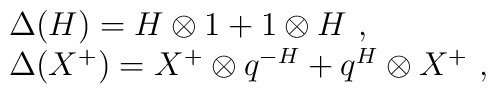
\begin{array}{rcl}& &\Delta(H)=H\otimes 1+1\otimes H~,\\& &\Delta(X^+)=X^+\otimes q^{-H}+q^{H}\otimes X^+~,\end{array}